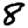
Digit: 8